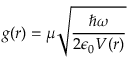
g ( \boldsymbol { r } ) = \boldsymbol { \mu } \sqrt { \frac { \hbar \omega } { 2 \epsilon _ { 0 } V ( \boldsymbol { r } ) } }